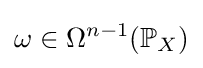
\omega \in \Omega ^{n-1}(\mathbb {P} _{X})